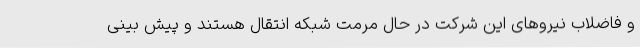
و فاضلاب نیروهای این شرکت در حال مرمت شبکه انتقال هستند و پیش بینی